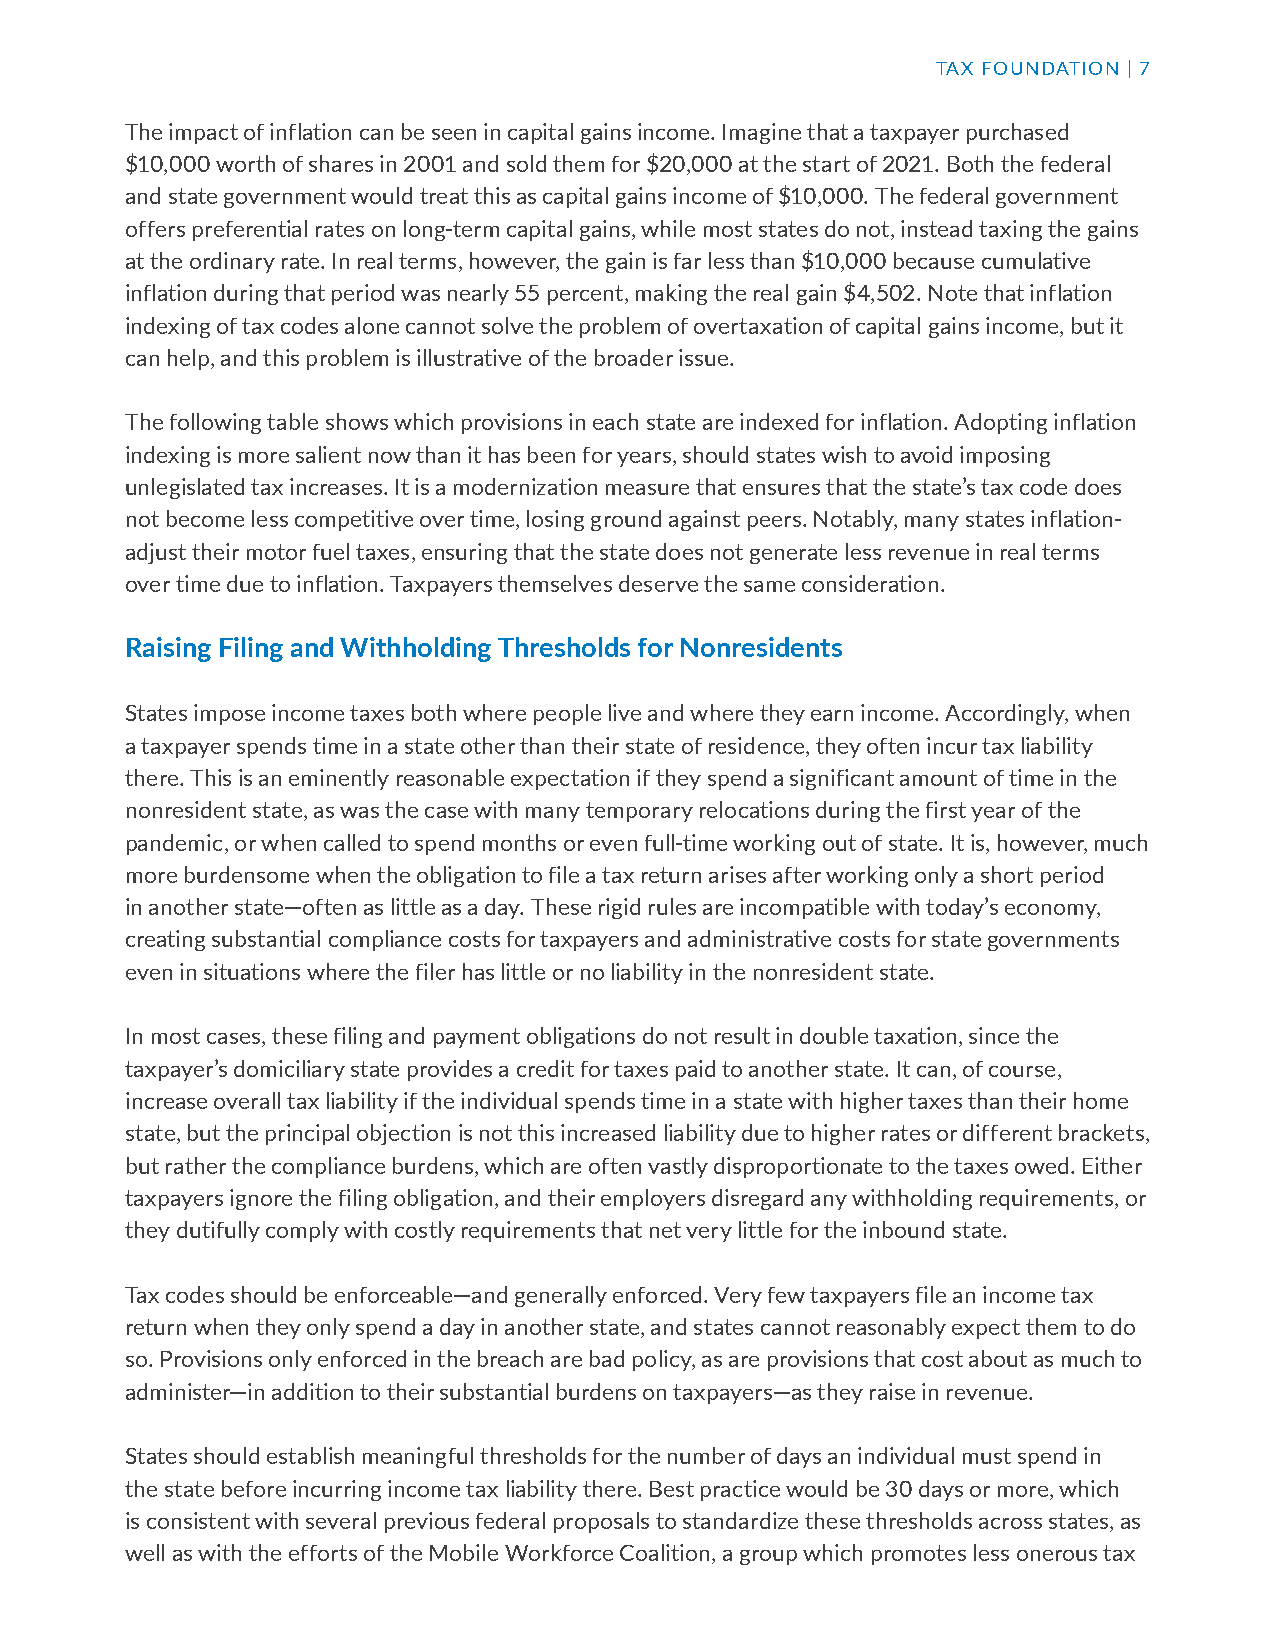
TAX FOUNDATION | 7
 The impact of inflation can be seen in capital gains income. Imagine that a taxpayer purchased
 $10,000 worth of shares in 2001 and sold them for $20,000 at the start of 2021. Both the federal
 and state government would treat this as capital gains income of $10,000. The federal government
 offers preferential rates on long-term capital gains, while most states do not, instead taxing the gains
 at the ordinary rate. In real terms, however, the gain is far less than $10,000 because cumulative
 inflation during that period was nearly 55 percent, making the real gain $4,502. Note that inflation
 indexing of tax codes alone cannot solve the problem of overtaxation of capital gains income, but it
 can help, and this problem is illustrative of the broader issue.
 The following table shows which provisions in each state are indexed for inflation. Adopting inflation
 indexing is more salient now than it has been for years, should states wish to avoid imposing
 unlegislated tax increases. It is a modernization measure that ensures that the state’s tax code does
 not become less competitive over time, losing ground against peers. Notably, many states inflation-
 adjust their motor fuel taxes, ensuring that the state does not generate less revenue in real terms
 over time due to inflation. Taxpayers themselves deserve the same consideration.
 Raising Filing and Withholding Thresholds for Nonresidents
 States impose income taxes both where people live and where they earn income. Accordingly, when
 a taxpayer spends time in a state other than their state of residence, they often incur tax liability
 there. This is an eminently reasonable expectation if they spend a significant amount of time in the
 nonresident state, as was the case with many temporary relocations during the first year of the
 pandemic, or when called to spend months or even full-time working out of state. It is, however, much
 more burdensome when the obligation to file a tax return arises after working only a short period
 in another state—often as little as a day. These rigid rules are incompatible with today’s economy,
 creating substantial compliance costs for taxpayers and administrative costs for state governments
 even in situations where the filer has little or no liability in the nonresident state.
 In most cases, these filing and payment obligations do not result in double taxation, since the
 taxpayer’s domiciliary state provides a credit for taxes paid to another state. It can, of course,
 increase overall tax liability if the individual spends time in a state with higher taxes than their home
 state, but the principal objection is not this increased liability due to higher rates or different brackets,
 but rather the compliance burdens, which are often vastly disproportionate to the taxes owed. Either
 taxpayers ignore the filing obligation, and their employers disregard any withholding requirements, or
 they dutifully comply with costly requirements that net very little for the inbound state.
 Tax codes should be enforceable—and generally enforced. Very few taxpayers file an income tax
 return when they only spend a day in another state, and states cannot reasonably expect them to do
 so. Provisions only enforced in the breach are bad policy, as are provisions that cost about as much to
 administer—in addition to their substantial burdens on taxpayers—as they raise in revenue.
 States should establish meaningful thresholds for the number of days an individual must spend in
 the state before incurring income tax liability there. Best practice would be 30 days or more, which
 is consistent with several previous federal proposals to standardize these thresholds across states, as
 well as with the efforts of the Mobile Workforce Coalition, a group which promotes less onerous tax